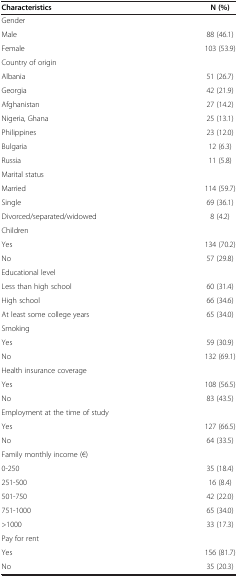
| Characteristics | N (%) |
 | --- | --- |
 | Gender |  |
 | Male | 88 (46.1) |
 | Female | 103 (53.9) |
 | Country of origin |  |
 | Albania | 51 (26.7) |
 | Georgia | 42 (21.9) |
 | Afghanistan | 27 (14.2) |
 | Nigeria, Ghana | 25 (13.1) |
 | Philippines | 23 (12.0) |
 | Bulgaria | 12 (6.3) |
 | Russia | 11 (5.8) |
 | Marital status |  |
 | Married | 114 (59.7) |
 | Single | 69 (36.1) |
 | Divorced/separated/widowed | 8 (4.2) |
 | Children |  |
 | Yes | 134 (70.2) |
 | No | 57 (29.8) |
 | Educational level |  |
 | Less than high school | 60 (31.4) |
 | High school | 66 (34.6) |
 | At least some college years | 65 (34.0) |
 | Smoking |  |
 | Yes | 59 (30.9) |
 | No | 132 (69.1) |
 | Health insurance coverage |  |
 | Yes | 108 (56.5) |
 | No | 83 (43.5) |
 | Employment at the time of study |  |
 | Yes | 127 (66.5) |
 | No | 64 (33.5) |
 | Family monthly income (€) |  |
 | 0-250 | 35 (18.4) |
 | 251-500 | 16 (8.4) |
 | 501-750 | 42 (22.0) |
 | 751-1000 | 65 (34.0) |
 | >1000 | 33 (17.3) |
 | Pay for rent |  |
 | Yes | 156 (81.7) |
 | No | 35 (20.3) |